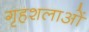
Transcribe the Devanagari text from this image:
गृहशलाओं